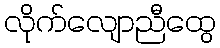
လိုက်လျောညီထွေ